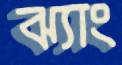
ঝ্যাং